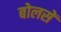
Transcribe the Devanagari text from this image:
बोलसें